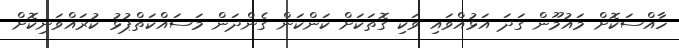
ހާއްސަކޮށް މައުމޫން ގަދަ އަޅުއްވައި ވަކި ގޮތަކަށް ކަންކަން ގެންދަން މަސައްކަތްޕުޅު ކުރައްވަނިކޮށް